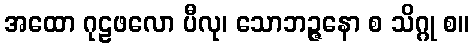
အထော ဂုဠဖလော ပီလု၊ သောဘဉ္ဇနော စ သိဂ္ဂု စ။